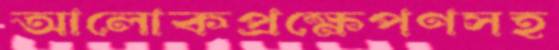
আলোকপ্রক্ষেপণসহ